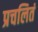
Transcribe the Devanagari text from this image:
प्रचलितं